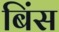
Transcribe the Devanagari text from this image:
बिंस